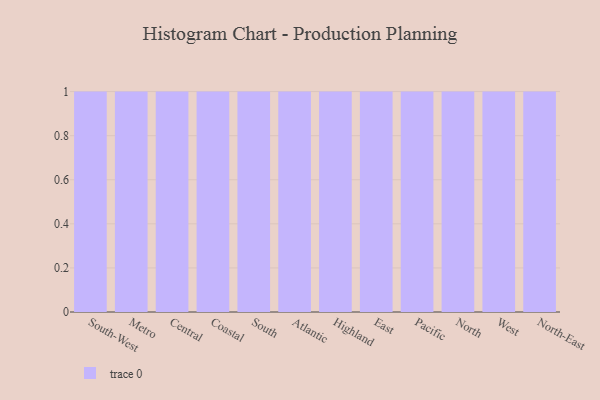
{"axis": {"x": "Region", "y": "Waste Production (Tons)"}, "legend": [""], "data": [{"x": "South-West", "y": 57, "type": ""}, {"x": "Metro", "y": 96, "type": ""}, {"x": "Central", "y": 47, "type": ""}, {"x": "Coastal", "y": 5, "type": ""}, {"x": "South", "y": 5, "type": ""}, {"x": "Atlantic", "y": 93, "type": ""}, {"x": "Highland", "y": 15, "type": ""}, {"x": "East", "y": 43, "type": ""}, {"x": "Pacific", "y": 3, "type": ""}, {"x": "North", "y": 34, "type": ""}, {"x": "West", "y": 29, "type": ""}, {"x": "North-East", "y": 57, "type": ""}]}